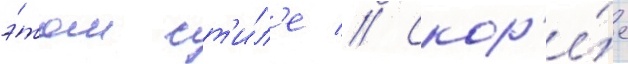
э́том ст'и́л'е // Скор'е́е